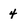
Character: 4